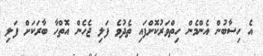
އެ ހިސާބުން އެންމެން ހިތްވަރުކޮށްފައި ތެދުވެ ފަލި ޖެހެން އޮތްހާ ބާރަކަށް ފަލި